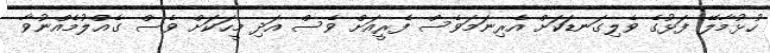
ހުޅުމާލޭ ފަޅުގެ ވެލިގަނޑަކަށް އެރިނަމަވެސް ފެރީއަށް ވެސް އަދި މީހަކަށް ވެސް ގެއްލުމެއްނުވާ